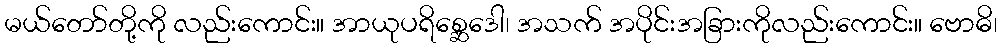
မယ်တော်တို့ကို လည်းကောင်း။ အာယုပရိစ္ဆေဒေါ၊ အသက် အပိုင်းအခြားကိုလည်းကောင်း။ ဗောဓိ၊